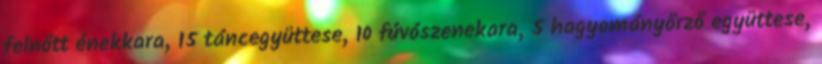
felnőtt énekkara, 15 táncegyüttese, 10 fúvószenekara, 5 hagyományőrző együttese,